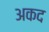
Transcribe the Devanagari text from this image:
अकद